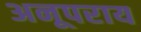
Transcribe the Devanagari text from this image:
अनूपराय